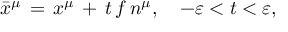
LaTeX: \bar { x } ^ { \mu } \, = \, x ^ { \mu } \, + \, t \, f \, n ^ { \mu } , \quad - \varepsilon < t < \varepsilon ,